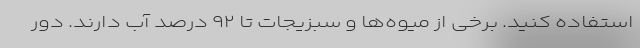
استفاده کنید. برخی از میوه‌ها و سبزیجات تا ۹۲ درصد آب دارند. دور